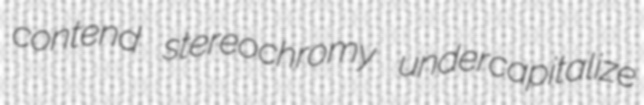
contend stereochromy undercapitalize